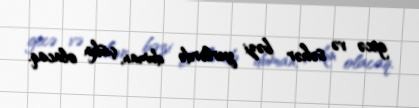
gecə və səhər bəzi yerlərdə duman, çiskin olacaq.